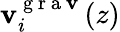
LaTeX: \mathbf{v}_{i}^{\mathrm{{~g~r~a~\mathbf{v}~}}}(z)